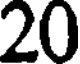
20